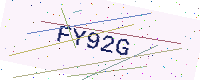
Text: FY92G